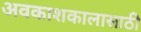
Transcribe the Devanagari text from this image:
अवकाशकालासाठी